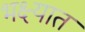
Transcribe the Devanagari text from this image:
भक्ष्यात